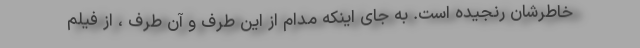
خاطرشان رنجیده است. به جای اینکه مدام از این طرف و آن طرف ، از فیلم